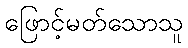
ဖြောင့်မတ်သောသူ